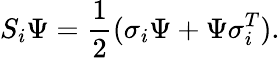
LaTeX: S_{i}\Psi=\frac{1}{2}(\sigma_{i}\Psi+\Psi\sigma_{i}^{T}).